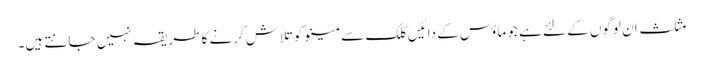
مثلث ان لوگوں کے لئے ہے جو ماؤس کے دائیں کلک سے مینو کو تلاش کرنے کا طریقہ نہیں جانتے ہیں۔